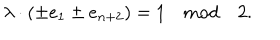
\lambda \cdot ( \pm e _ { 1 } \pm e _ { n + 2 } ) = 1 \quad \mathrm { m o d } \quad 2 .